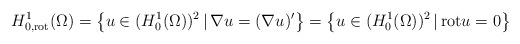
\begin{align*}H^{1}_{0, \mathrm{rot}}(\Omega) = \big\{u \in (H^{1}_{0}(\Omega))^{2} \,|\, \nabla u = (\nabla u)'\big\} =\big\{u \in (H^{1}_{0}(\Omega))^{2} \,|\, \mathrm{rot} u = 0 \big\}\end{align*}